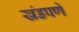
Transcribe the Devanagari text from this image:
खंडपणे